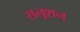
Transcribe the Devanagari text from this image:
सलूशन्